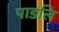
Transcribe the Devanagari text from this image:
पाडलि